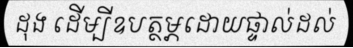
ដុង ដើម្បីឧបត្ថម្ភដោយផ្ទាល់ដល់